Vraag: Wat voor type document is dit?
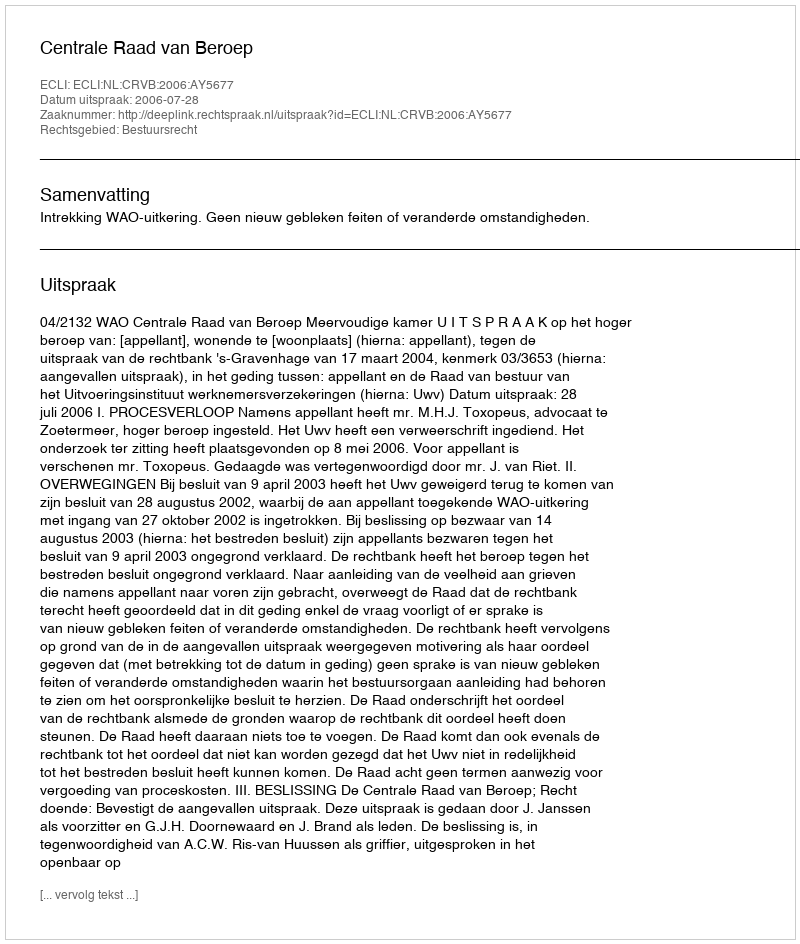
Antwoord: Uitspraak